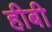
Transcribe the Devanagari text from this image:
हीबी